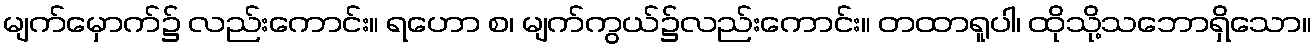
မျက်မှောက်၌ လည်းကောင်း။ ရဟော စ၊ မျက်ကွယ်၌လည်းကောင်း။ တထာရူပါ၊ ထိုသို့သဘောရှိသော။